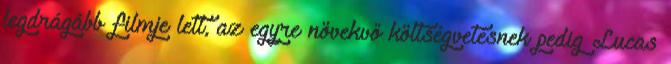
legdrágább filmje lett, az egyre növekvő költségvetésnek pedig Lucas